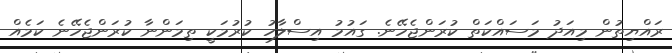
ރައްޔިތުން މިއަދު މަސައްކަތް ކުރަންޖެހޭނެ. ގައުމު އިސްލާހު ކުރުމަކީ ތިމަންނާ ކުރަންޖެހޭނެ ކަމެއް